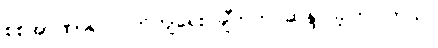
စစ်အာဏာရှင်ပြုတ်ကျရေး ချီတက် ဆန္ဒပြခဲ့ကြပါတယ်။